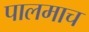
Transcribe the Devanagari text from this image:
पालमाच